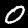
Label: 0